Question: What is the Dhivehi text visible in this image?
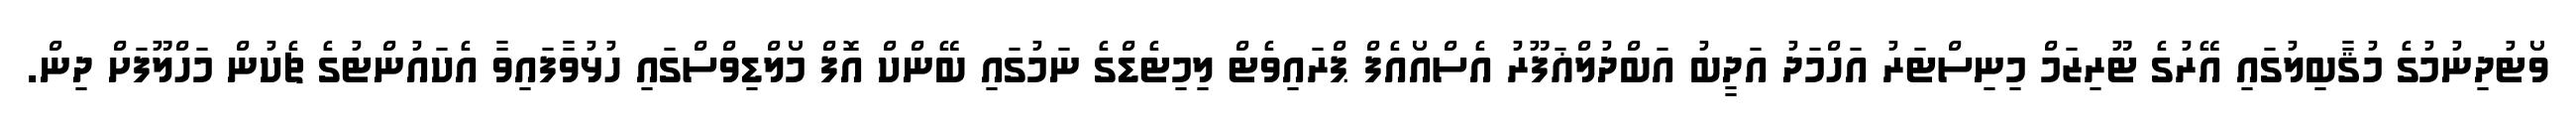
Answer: ވޯޓުދިނުމުގެ މުޤާބިލުގައި އޭރުގެ ޓޫރިޒަމް މިނިސްޓަރު އަހްމަދު އަދީބު އަބްދުލްޣަފޫރު އެސްއޯއެފް ޕްރައިވެޓް ލިމިޓެޑްގެ ނަމުގައި ބޭންކް އޮފް މޯލްޑިވްސްގައި ހުޅުވާފައިވާ އެކައުންޓުގެ ޗެކުން މަހްލޫފަށް ދިން.